Newspaper: The Iowa transcript.
Place of publication: Toledo, Tama County, Iowa
Publisher: R.F. Staley, N.C. Wieting
Date: 1860-05-17 00:00:00
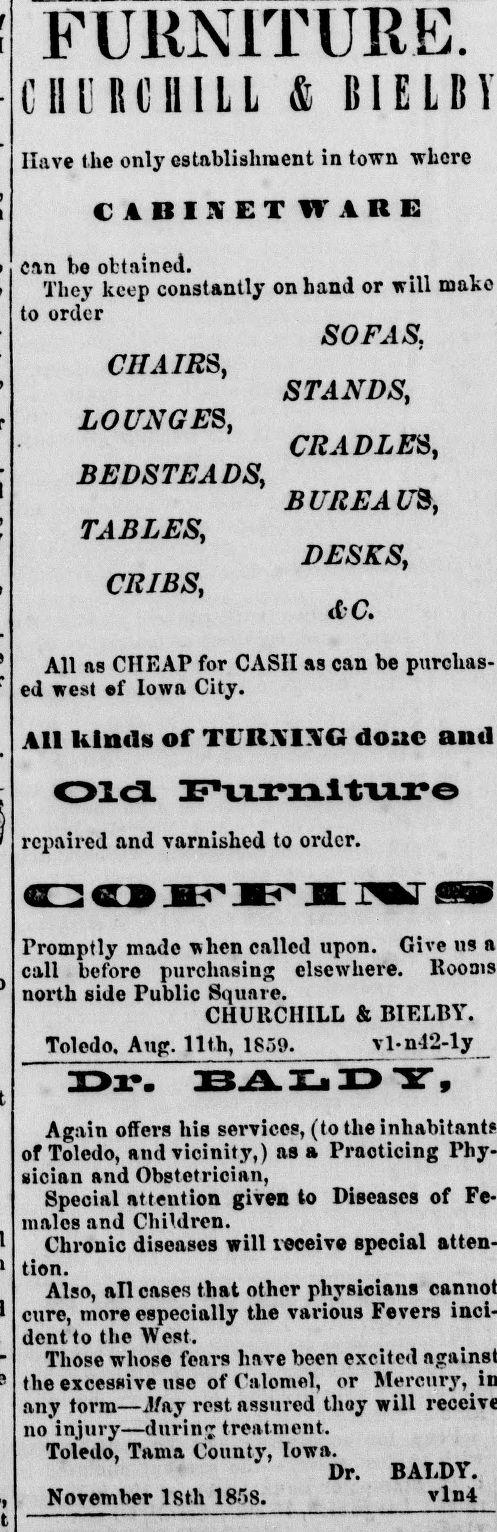
Advertisement text (OCR):
i iii iiniiLL ef Iowa City. All kinds of TtTRXTCG done Old Furniture repaired and varnished to order. Promptly made when called upon. Give us call before purchasing elsewhere. north side Public Square. Special attention given to Diseases of Fe males and Children. Chronic diseases will veceive special tion. Also, all cases that other physicians cure, more especially the various Fevers dent to the West. & liiELin Have the only establishment in town whore A I S E W A E can be obtained. They keep constantly on band or will make to order SOFAS. CHAIRS, STANDS, LOUNGES, CRADLES, BEDSTEADS, BUREAUS, TABLES, CRIBS, d-C. All as CHEAP for CASH as can be purchas ed west Those whose fears have been excited the excessive use of Calomel, or Mercury, any torm—J/ay rest, assured thoy will no injury—during treatment. Toledo, Tama County, Iowa. Dr. BALDY. November lsth 1858. vln4 CHURCHILL & BIELBY, Toledo. Aug. 11th, 18.v.). M-n-12-ly_ Dr. BALD Y, Again offers his services, (to the of Toledo, and vicinity,) as a Practicing Phy sician and Obstetrician,
Label: text-only